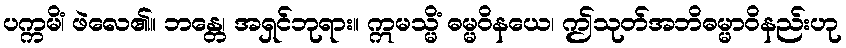
ပက္ကမိံ၊ ဖဲလေ၏။ ဘန္တေ၊ အရှင်ဘုရား။ ဣမသ္မိံ ဓမ္မဝိနယေ၊ ဤသုတ်အဘိဓမ္မာဝိနည်းဟု